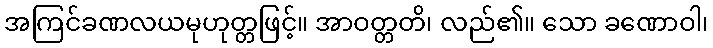
အကြင်ခဏလယမုဟုတ္တဖြင့်။ အာဝတ္တတိ၊ လည်၏။ သော ခဏောဝါ၊